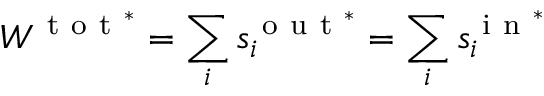
W ^ { \mathrm { ~ t ~ o ~ t ~ } ^ { * } } = \sum _ { i } s _ { i } ^ { \mathrm { ~ o ~ u ~ t ~ } ^ { * } } = \sum _ { i } s _ { i } ^ { \mathrm { ~ i ~ n ~ } ^ { * } }